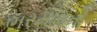
ભરમાવતો